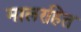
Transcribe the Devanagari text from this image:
मालरहित